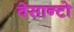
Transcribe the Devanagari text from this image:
वेसान्टो